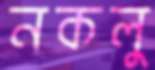
নকলু